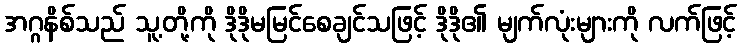
အဂ္ဂနိစ်သည် သူ့တို့ကို ဒိုဒိုမမြင်စေချင်သဖြင့် ဒိုဒို၏ မျက်လုံးများကို လက်ဖြင့်